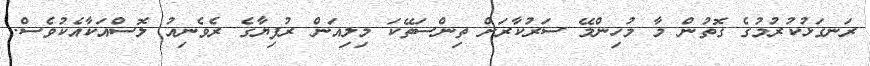
ރަނގަޅުކުރުމުގެ ގޮތުން މާ މުހިންމޭ ސަރުކާރަށް ތިންސަތޭކަ މިލިއަން ރުފިޔާގެ ރެވެނިއު ލޮސްއަކާއެކުވެސް.